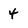
Character: 4